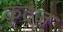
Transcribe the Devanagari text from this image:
कूंटज